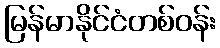
မြန်မာနိုင်ငံတစ်ဝန်း